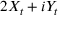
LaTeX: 2 X _ { t } + i Y _ { t }